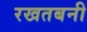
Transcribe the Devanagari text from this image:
रखतबनी